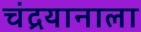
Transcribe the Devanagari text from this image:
चंद्रयानाला